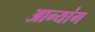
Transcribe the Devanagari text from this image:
आन्यांग